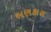
ભણકારા